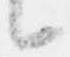
候